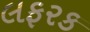
લફરક